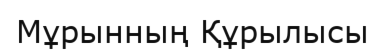
Мұрынның Құрылысы